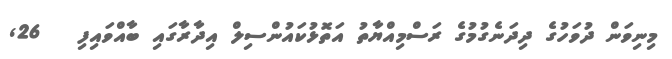
މިނިވަން ދުވަހުގެ ދިދަނެގުމުގެ ރަސްމިއްޔާތު އަތޮޅުކައުންސިލް އިދާރާގައި ބާއްވައިފި   26